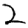
Digit: 2